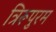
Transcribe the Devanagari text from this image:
त्रिरूपुरम